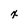
Character: x